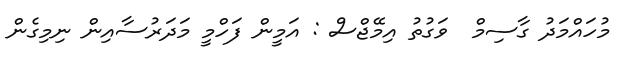
މުހައްމަދު ގާސިމް  ވަގުތު އިމޭޖްސް : އަމީން ފަހްމީ މަދަރުސާއިން ނިމިގެން